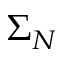
\Sigma _ { N }